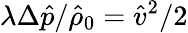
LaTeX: \lambda\Delta\hat{p}/\hat{\rho}_{0}=\hat{v}^{2}/2